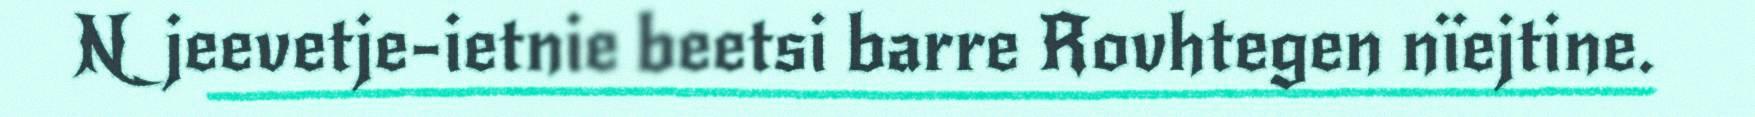
Njeevetje-ietnie beetsi barre Rovhtegen nïejtine.